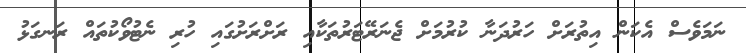
ނަމަވެސް އެކަން އިތުރަށް ހަރުދަނާ ކުރުމަށް ޖެނަރޭޓަރުތަކާއި ރަށްރަށުގައި ހުރި ނެޓުވޯކުތައް ރަނގަޅު